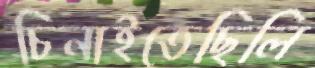
চিনাইতেছিলি